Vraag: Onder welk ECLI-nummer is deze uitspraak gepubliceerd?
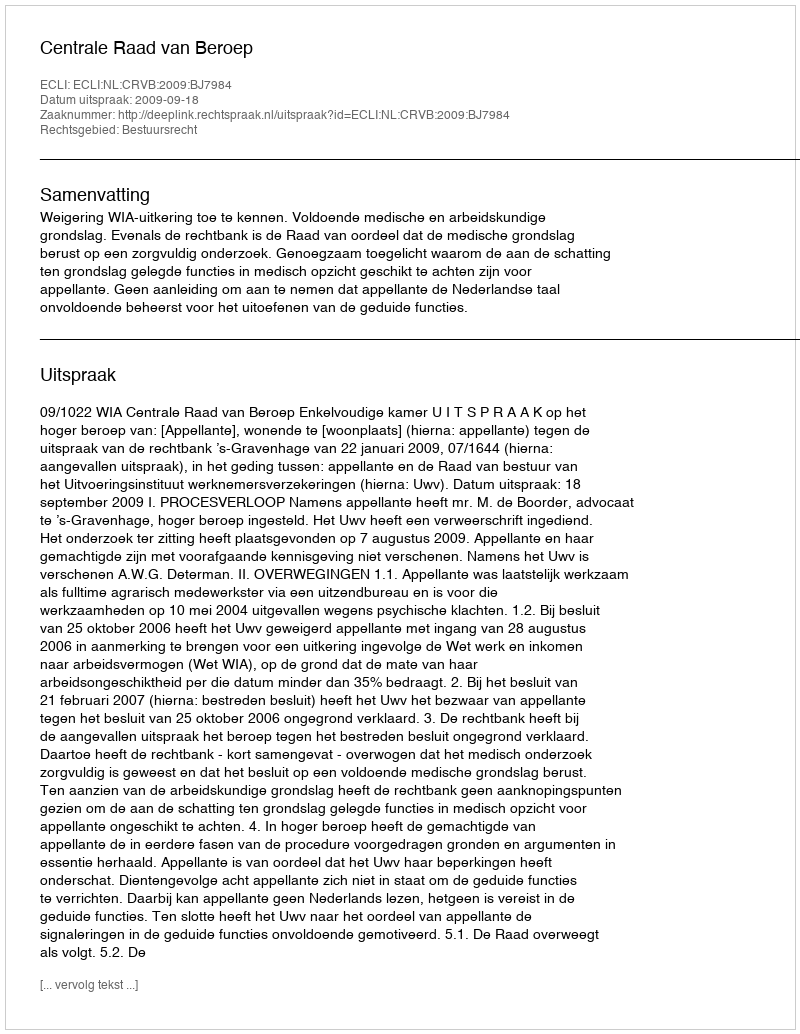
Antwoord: ECLI:NL:CRVB:2009:BJ7984